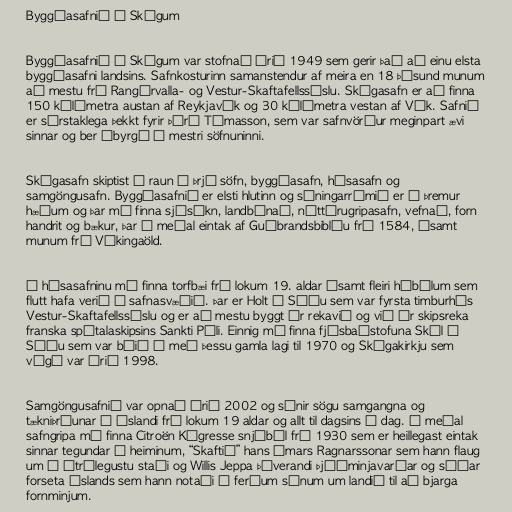
Byggðasafnið í Skógum

Byggðasafnið í Skógum var stofnað árið 1949 sem gerir það að einu elsta
byggðasafni landsins. Safnkosturinn samanstendur af meira en 18 þúsund munum
að mestu frá Rangárvalla- og Vestur-Skaftafellssýslu. Skógasafn er að finna
150 kílómetra austan af Reykjavík og 30 kílómetra vestan af Vík. Safnið
er sérstaklega þekkt fyrir Þórð Tómasson, sem var safnvörður meginpart ævi
sinnar og ber ábyrgð á mestri söfnuninni.

Skógasafn skiptist í raun í þrjú söfn, byggðasafn, húsasafn og
samgöngusafn. Byggðasafnið er elsti hlutinn og sýningarrýmið er á þremur
hæðum og þar má finna sjósókn, landbúnað, náttúrugripasafn, vefnað, forn
handrit og bækur, þar á meðal eintak af Guðbrandsbiblíu frá 1584, ásamt
munum frá Víkingaöld.

Í húsasafninu má finna torfbæi frá lokum 19. aldar ásamt fleiri hýbýlum sem
flutt hafa verið á safnasvæðið. Þar er Holt á Síðu sem var fyrsta timburhús
Vestur-Skaftafellssýslu og er að mestu byggt úr rekavið og við úr skipsreka
franska spítalaskipsins Sankti Páli. Einnig má finna fjósbaðstofuna Skál á
Síðu sem var búið í með þessu gamla lagi til 1970 og Skógakirkju sem
vígð var árið 1998.

Samgöngusafnið var opnað árið 2002 og sýnir sögu samgangna og
tækniþróunar á Íslandi frá lokum 19 aldar og allt til dagsins í dag. Á meðal
safngripa má finna Citroën Kégresse snjóbíl frá 1930 sem er heillegast eintak
sinnar tegundar í heiminum, “Skaftið” hans Ómars Ragnarssonar sem hann flaug
um á ótrúlegustu staði og Willis Jeppa þáverandi Þjóðminjavarðar og síðar
forseta Íslands sem hann notaði í ferðum sínum um landið til að bjarga
fornminjum.